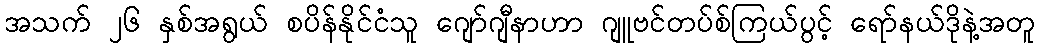
အသက် ၂၆ နှစ်အရွယ် စပိန်နိုင်ငံသူ ဂျော်ဂျီနာဟာ ဂျူဗင်တပ်စ်ကြယ်ပွင့် ရော်နယ်ဒိုနဲ့အတူ